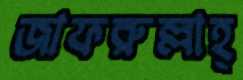
জাফরুল্লাহ্